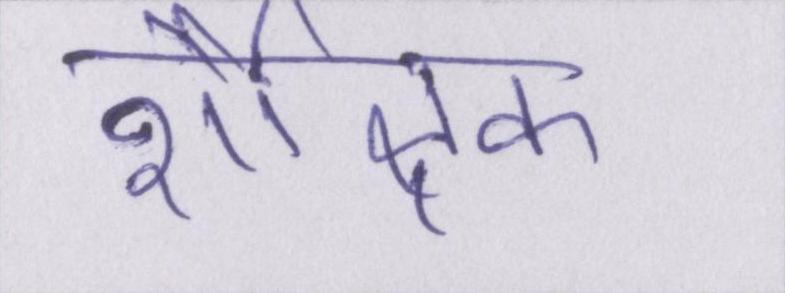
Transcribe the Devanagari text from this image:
शैक्षिक